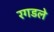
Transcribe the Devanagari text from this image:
रगडले